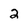
Character: 2